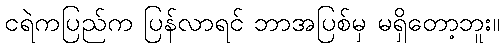
ငရဲကပြည်က ပြန်လာရင် ဘာအပြစ်မှ မရှိတော့ဘူး။